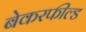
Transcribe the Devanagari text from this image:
बेकरफील्ड